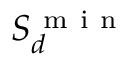
S _ { d } ^ { \mathrm { ~ m ~ i ~ n ~ } }